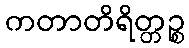
ကတာတိရိတ္တဉ္စ